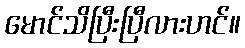
မောင်သိပြီးပြီလားဟင်။